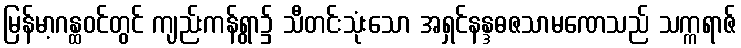
မြန်မာ့ဂန္ထဝင်တွင် ကျည်းကန်ရွာ၌ သီတင်းသုံးသော အရှင်နန္ဒဓဇသာမဏေသည် သက္ကရာဇ်